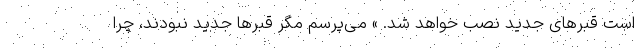
است قبرهای جدید نصب خواهد شد. » می‌پرسم مگر قبرها جدید نبودند، چرا